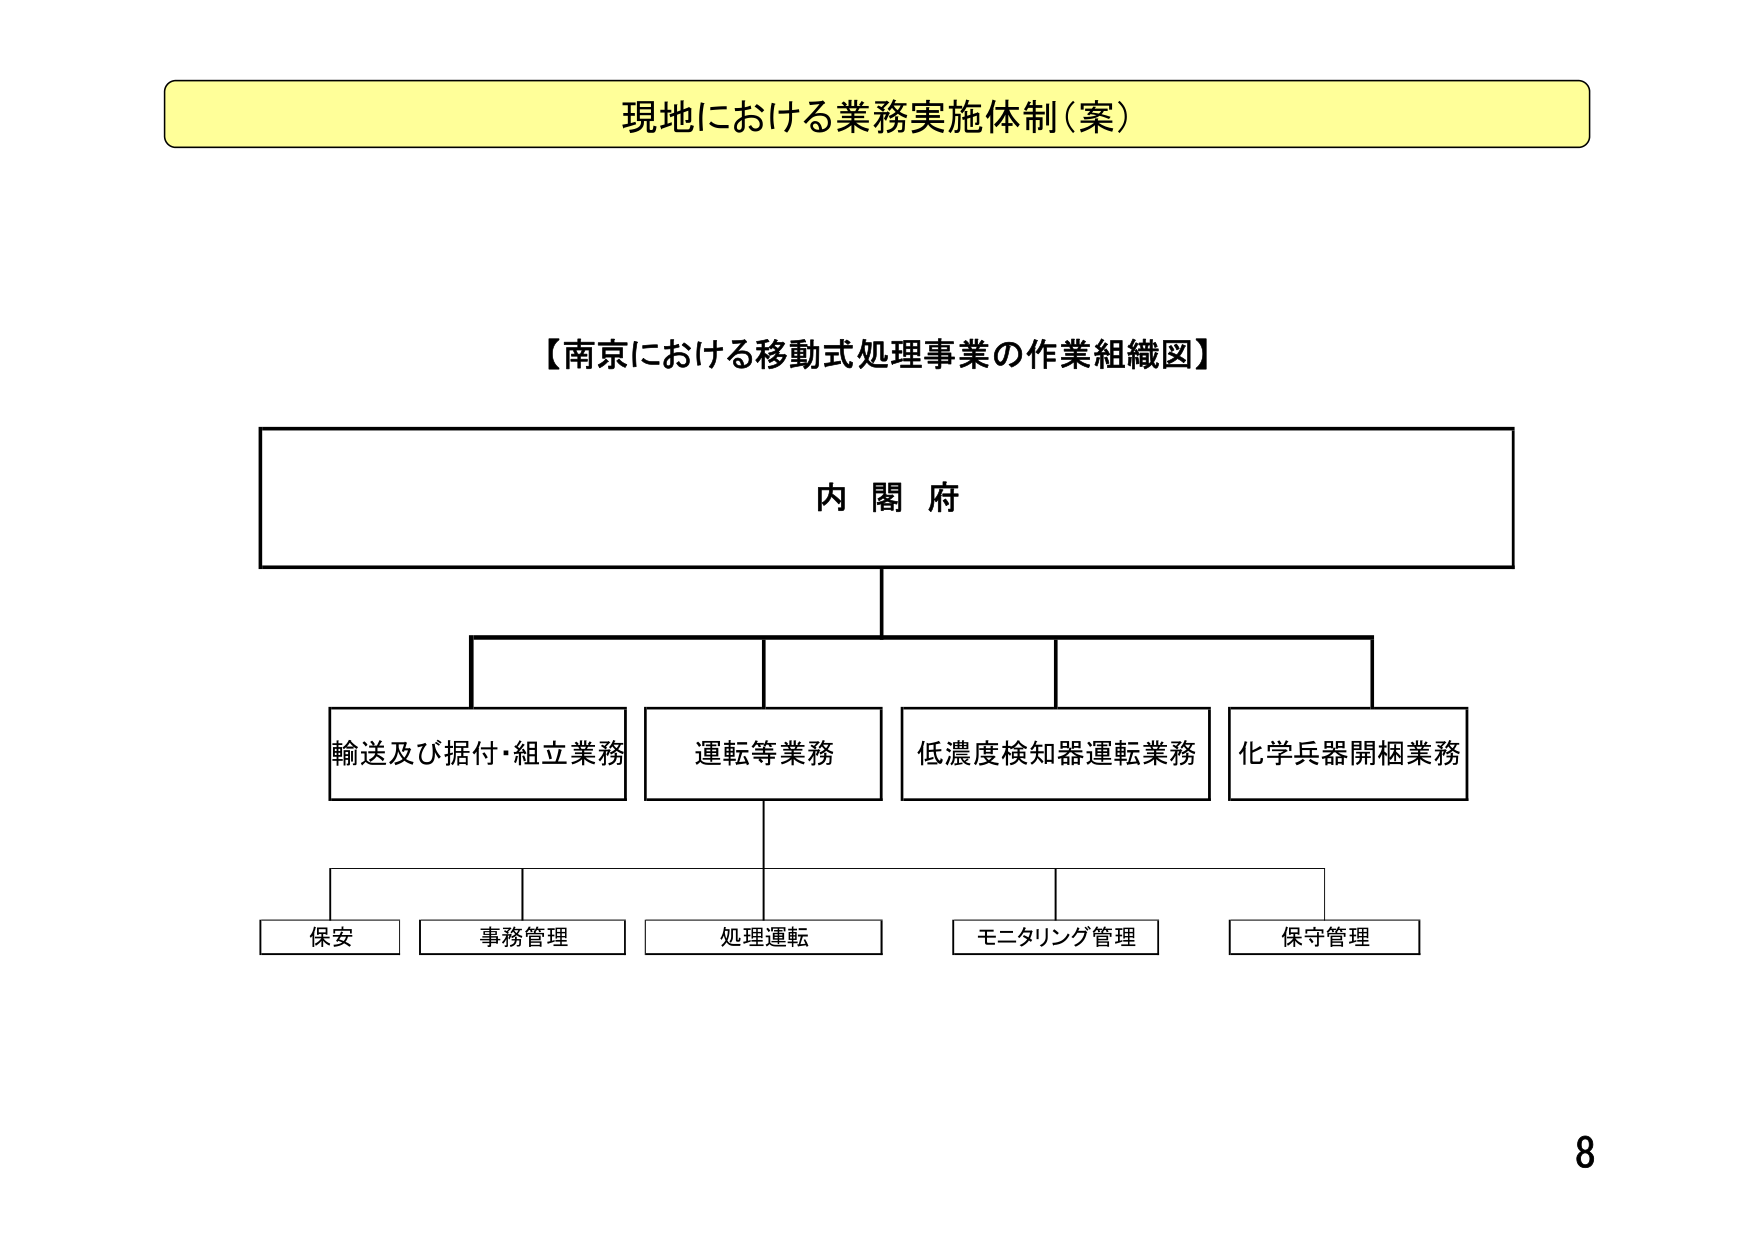
現地における業務実施体制（案）

【南京における移動式処理事業の作業組織図】

内閣府

輸送及び据付・組立業務
運転等業務
低濃度検知器運転業務
化学兵器開梱業務

保安
事務管理
処理運転
モニタリング管理
保守管理

8